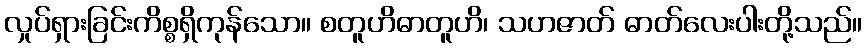
လှုပ်ရှားခြင်းကိစ္စရှိကုန်သော။ စတူဟိဓာတူဟိ၊ သဟဇာတ် ဓာတ်လေးပါးတို့သည်။